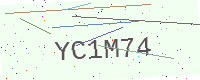
Text: YC1M74